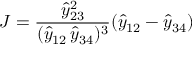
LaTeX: J = \frac { \hat { y } _ { 2 3 } ^ { 2 } } { ( \hat { y } _ { 1 2 } \, \hat { y } _ { 3 4 } ) ^ { 3 } } ( \hat { y } _ { 1 2 } - \hat { y } _ { 3 4 } )